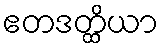
ဧတဒတ္ထိယာ